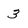
Character: 3